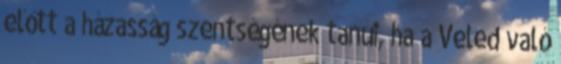
előtt a házasság szentségének tanúi, ha a Veled való